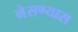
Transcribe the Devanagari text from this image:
नेसण्यास